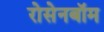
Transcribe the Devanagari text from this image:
रोसेनबॉम